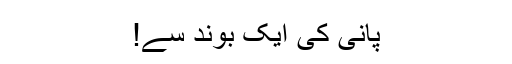
پانی کی ایک بوند سے!